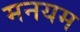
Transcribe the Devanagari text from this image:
मनयम